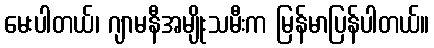
မေးပါတယ်၊ ဂျာမနီအမျိုးသမီးက မြန်မာပြန်ပါတယ်။